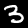
Digit: 3